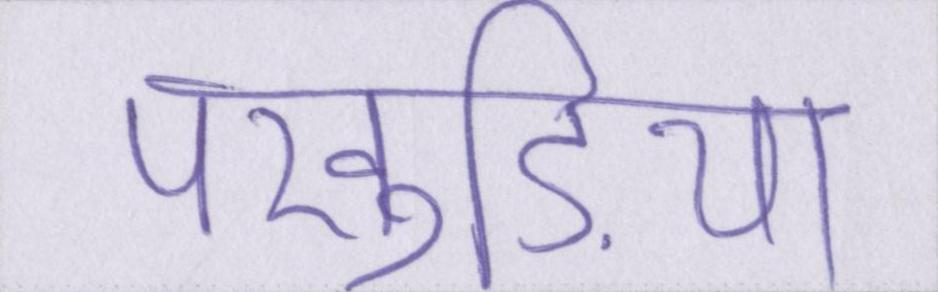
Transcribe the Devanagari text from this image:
पंखुड़ियां